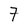
Character: 7